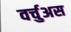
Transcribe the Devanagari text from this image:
वर्चुअस